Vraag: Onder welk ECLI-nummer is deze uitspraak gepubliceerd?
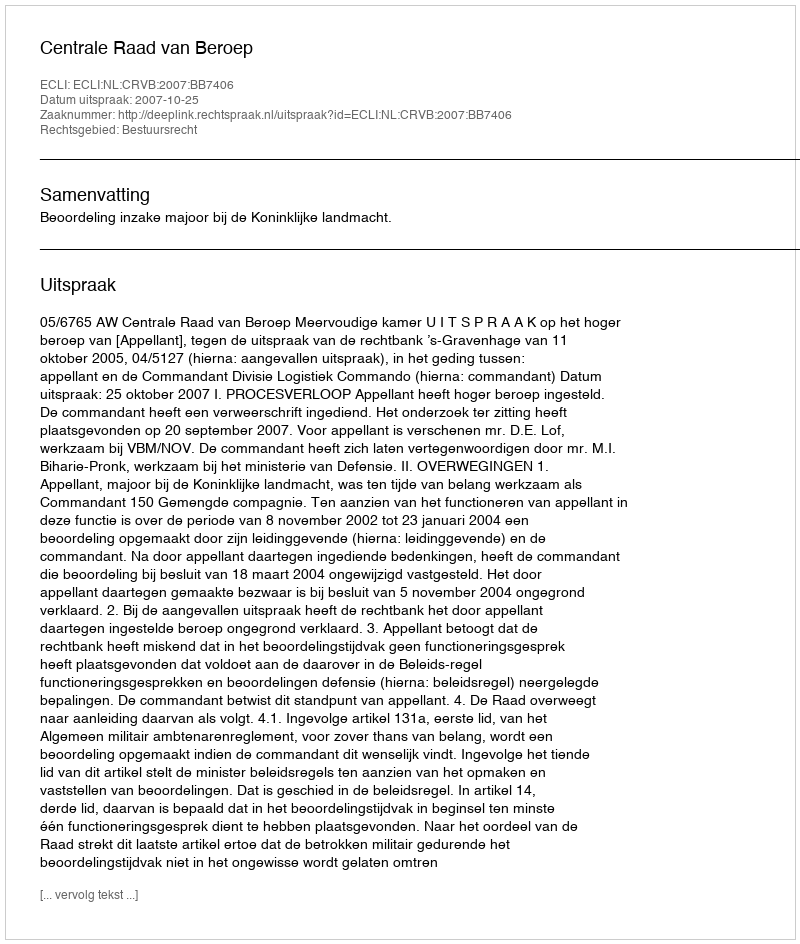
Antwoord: ECLI:NL:CRVB:2007:BB7406